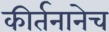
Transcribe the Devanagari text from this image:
कीर्तनानेच